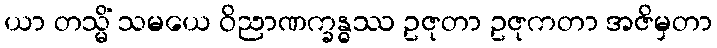
ယာ တသ္မိံ သမယေ ဝိညာဏက္ခန္ဓဿ ဥဇုတာ ဥဇုကတာ အဇိမှတာ